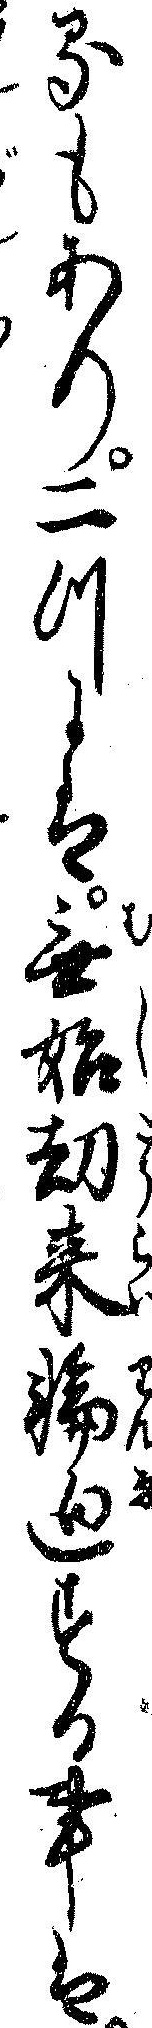
るもあり二つには無始劫来輪廻する事は